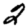
Digit: 2